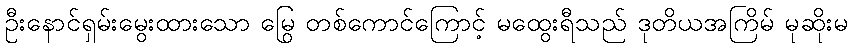
ဦးနောင်ရှမ်းမွေးထားသော မြွေ တစ်ကောင်ကြောင့် မထွေးရီသည် ဒုတိယအကြိမ် မုဆိုးမ